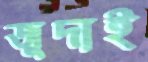
জুদাই